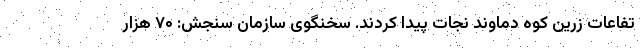
تفاعات زرین کوه دماوند نجات پیدا کردند. سخنگوی سازمان سنجش: ۷۰ هزار